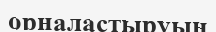
орналастыруын